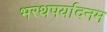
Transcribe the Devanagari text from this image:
भरथपर्यादनम